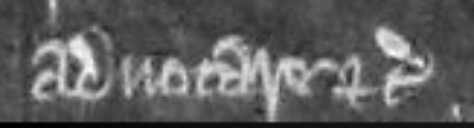
advocare etc.